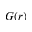
G ( r )